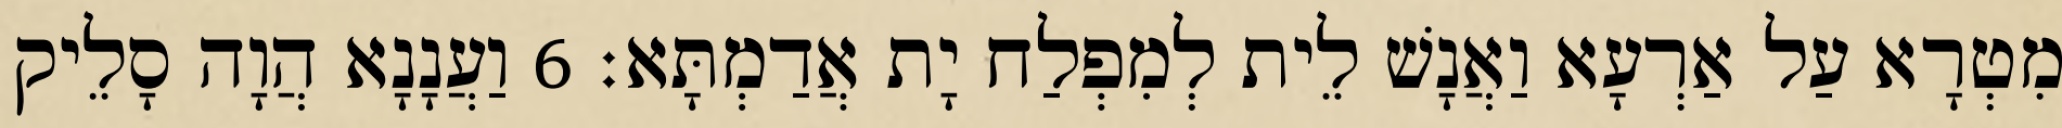
מִטְרָא עַל אַרְעָא וַאֲנָשׁ לֵית לְמִפְלַח יָת אֲדַמְתָּא׃ 6 וַעֲנָנָא הֲוָה סָלֵיק